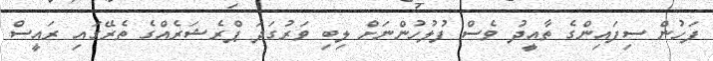
ފަހުން ސިފައިންގެ ތާއީދު ވެސް ފުލުހުންނަށް ލިބި ވަރުގަދަ ޕްރެޝަރެއްގެ ތެރޭގައި ރައީސް